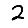
Digit: 2